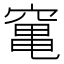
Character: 𥧄